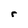
Character: r